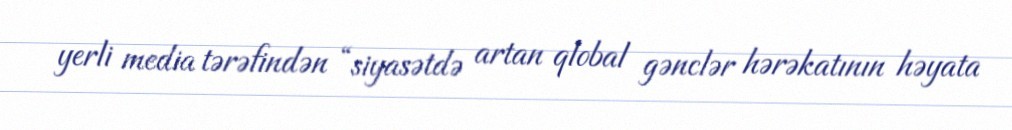
yerli media tərəfindən “siyasətdə artan qlobal gənclər hərəkatının həyata